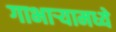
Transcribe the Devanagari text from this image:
गाभाऱ्यामध्ये